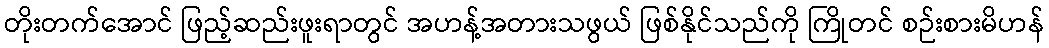
တိုးတက်အောင် ဖြည့်ဆည်းဖူးရာတွင် အဟန့်အတားသဖွယ် ဖြစ်နိုင်သည်ကို ကြိုတင် စဉ်းစားမိဟန်